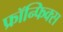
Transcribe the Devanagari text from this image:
फ्रॉन्फिक्स